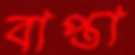
বাপ্তা